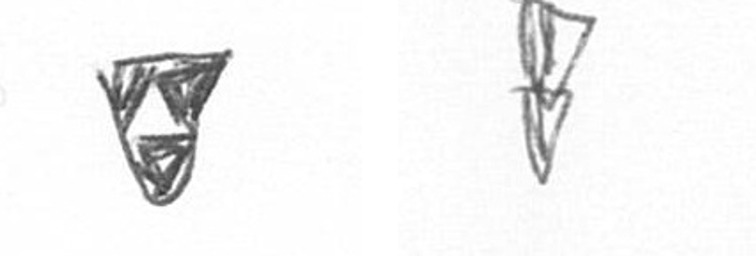
S Z